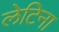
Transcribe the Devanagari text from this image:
लेटिना